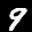
Label: 9